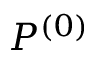
P ^ { ( 0 ) }